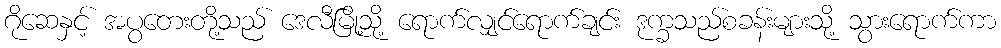
ဂိုဆေနှင့် အပွတေးတို့သည် ဒေလီမြို့သို့ ရောက်လျှင်ရောက်ချင်း ဒုက္ခသည်စခန်းများသို့ သွားရောက်ကာ